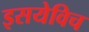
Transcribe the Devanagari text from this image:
इसयेविच